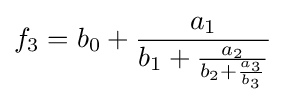
{f}_{3}={b}_{0}+{\frac {{a}_{1}}{{b}_{1}+{\frac {{a}_{2}}{{b}_{2}+{\frac {{a}_{3}}{{b}_{3}}}}}}}